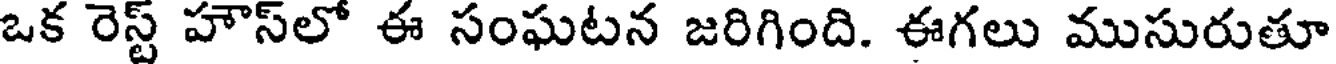
ఒక రెస్ట్ హౌస్లో ఈ సంఘటన జరిగింది. ఈగలు ముసురుతూ